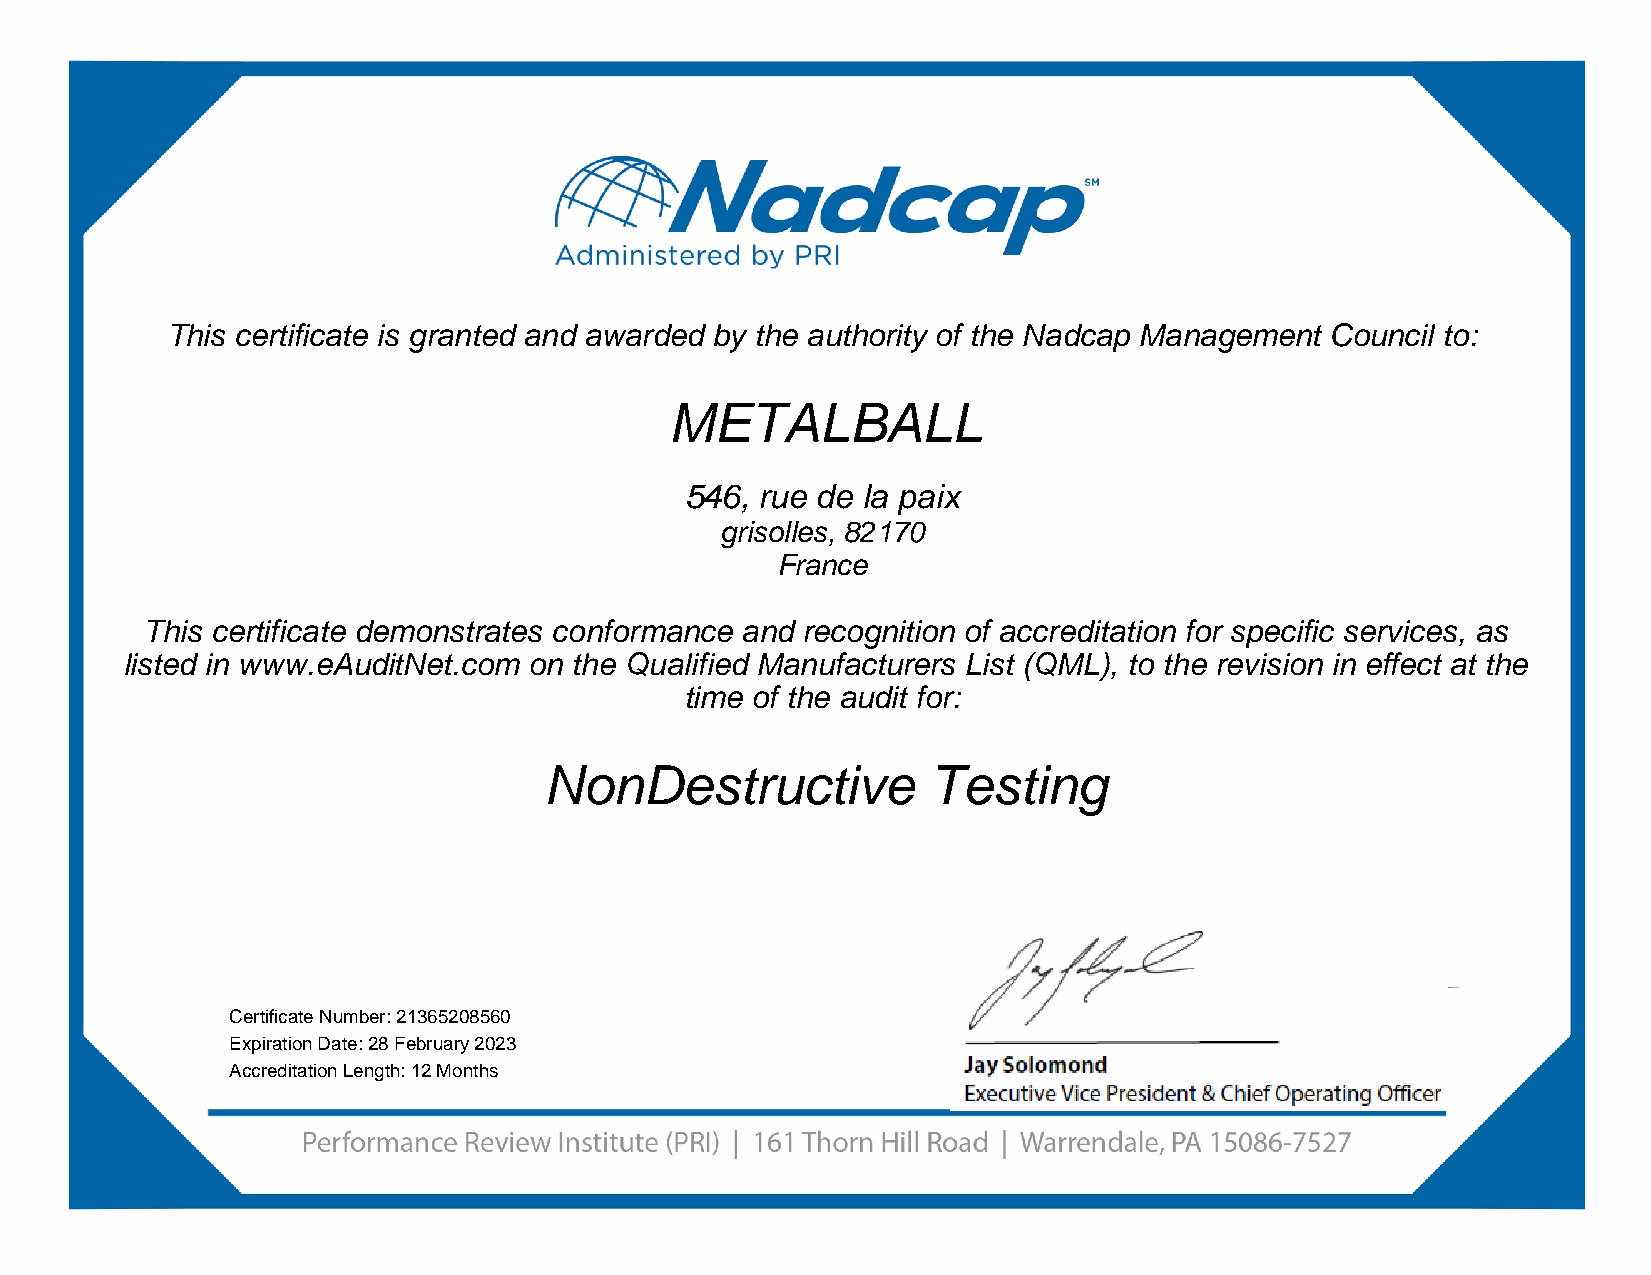
This certificate is granted and awarded by the authority of the Nadcap Management Council to:
 Company           Name       Here
 Address line 1
 Address line 2
 Address line 3
 This certificate demonstrates conformance and recognition of accreditation for specific
 services as listed in www.eAuditNet.com on the Qualified Manufacturers List (QML), to the
 revision in effect at the time of the audit for:
 Process        Name        Here
 Certification Number:
 Expiration Date:
 This certificate is granted and awarded by the authority of the Nadcap Management Council to:
 METALBALL
 546, rue de la paix
 grisolles, 82170
 France
 This certificate demonstrates conformance and recognition of accreditation for specific services, as
 listed in www.eAuditNet.com on the Qualified Manufacturers List (QML), to the revision in effect at the
 time of the audit for:
 NonDestructive           Testing
 Certificate Number: 21365208560
 Expiration Date: 28 February 2023
 Accreditation Length: 12 Months